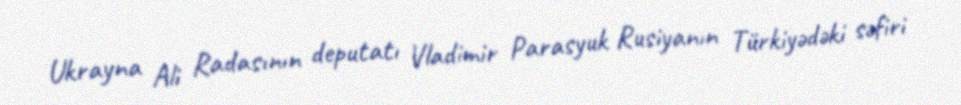
Ukrayna Ali Radasının deputatı Vladimir Parasyuk Rusiyanın Türkiyədəki səfiri